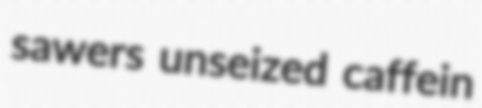
sawers unseized caffein